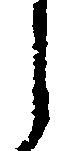
う